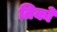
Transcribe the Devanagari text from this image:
तिको